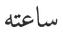
ساعته